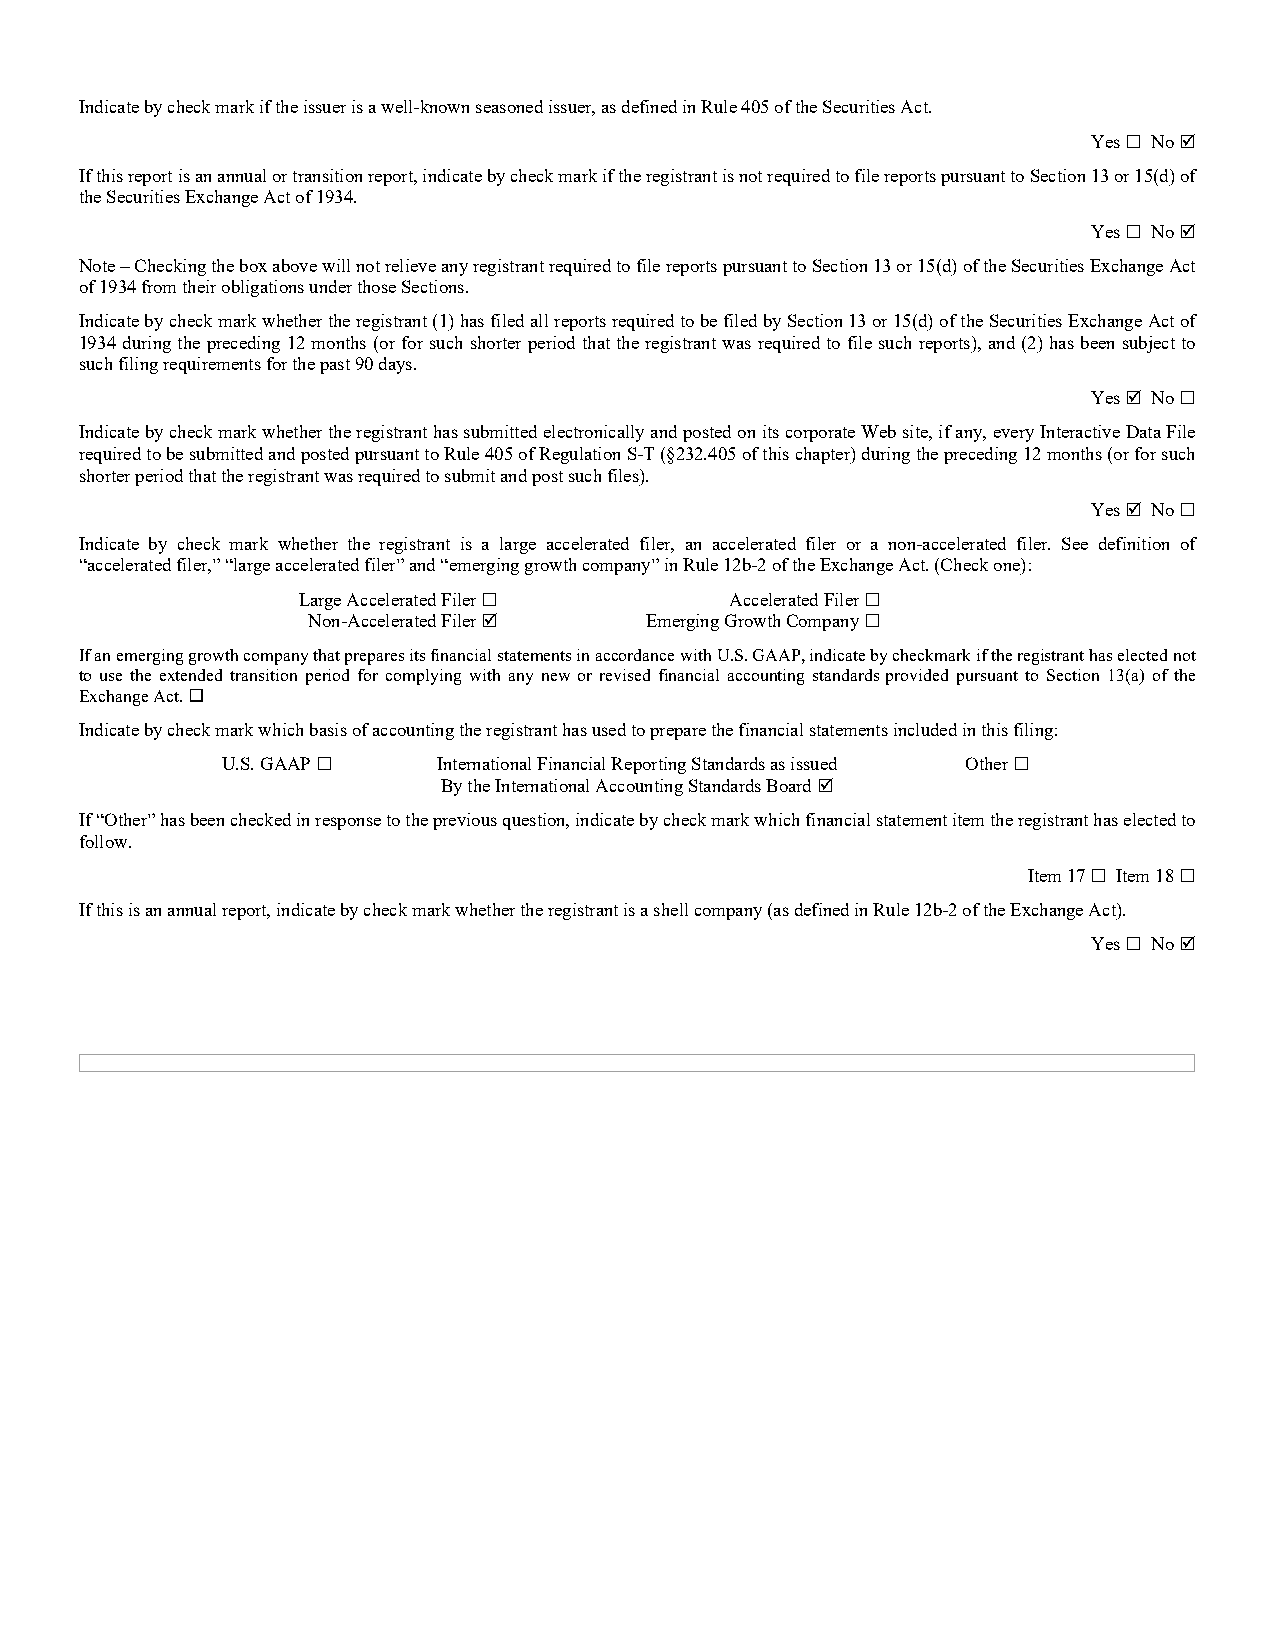
Indicate by check mark if the issuer is a well-known seasoned issuer, as defined in Rule 405 of the Securities Act.
 Yes  No 
 If this report is an annual or transition report, indicate by check mark if the registrant is not required to file reports pursuant to Section 13 or 15(d) of
 the Securities Exchange Act of 1934.
 Yes  No 
 Note – Checking the box above will not relieve any registrant required to file reports pursuant to Section 13 or 15(d) of the Securities Exchange Act
 of 1934 from their obligations under those Sections.
 Indicate by check mark whether the registrant (1) has filed all reports required to be filed by Section 13 or 15(d) of the Securities Exchange Act of
 1934 during the preceding 12 months (or for such shorter period that the registrant was required to file such reports), and (2) has been subject to
 such filing requirements for the past 90 days.
 Yes  No 
 Indicate by check mark whether the registrant has submitted electronically and posted on its corporate Web site, if any, every Interactive Data File
 required to be submitted and posted pursuant to Rule 405 of Regulation S-T (§232.405 of this chapter) during the preceding 12 months (or for such
 shorter period that the registrant was required to submit and post such files).
 Yes  No 
 Indicate by check mark whether the registrant is a large accelerated filer, an accelerated filer or a non-accelerated filer. See definition of
 “accelerated filer,” “large accelerated filer” and “emerging growth company” in Rule 12b-2 of the Exchange Act. (Check one):
 Large Accelerated Filer    Accelerated Filer 
 Non-Accelerated Filer  Emerging Growth Company 
 If an emerging growth company that prepares its financial statements in accordance with U.S. GAAP, indicate by checkmark if the registrant has elected not
 to use the extended transition period for complying with any new or revised financial accounting standardsprovided pursuant to Section 13(a) of the
 Exchange Act. 
 Indicate by check mark which basis of accounting the registrant has used to prepare the financial statements included in this filing:
 U.S. GAAP    International Financial Reporting Standards as issued Other 
 By the International Accounting Standards Board 
 If “Other” has been checked in response to the previous question, indicate by check mark which financial statement item the registrant has elected to
 follow.
 Item 17  Item 18 
 If this is an annual report, indicate by check mark whether the registrant is a shell company (as defined in Rule 12b-2 of the Exchange Act).
 Yes  No 